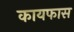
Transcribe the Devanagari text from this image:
कायफास